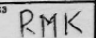
Transcription: RMK